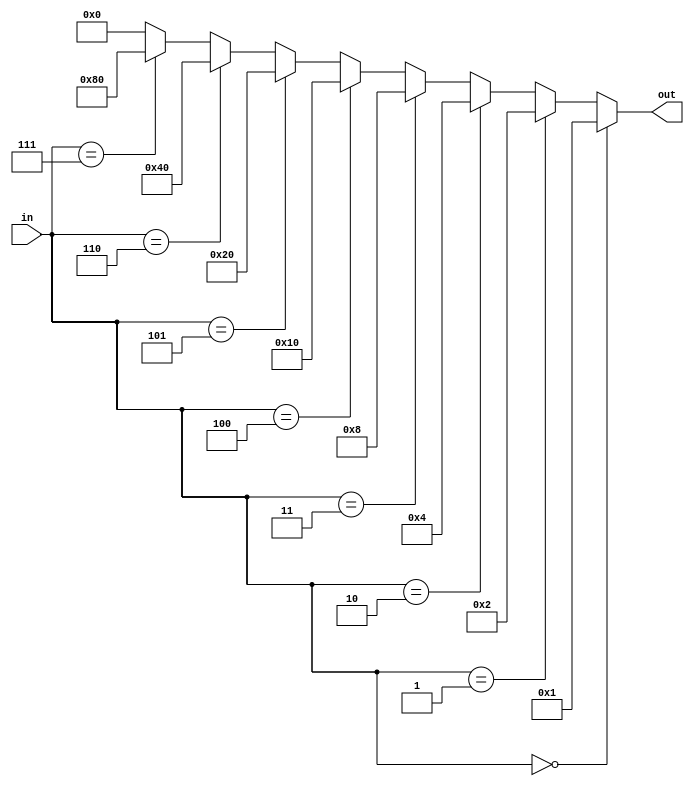
module Decoder (in, out);
input [2:0]in;
output [7:0] out;

wire [7:0] out;
assign out =
(in == 3'b000 ) ? 8'b0000_0001 :
(in == 3'b001 ) ? 8'b0000_0010 :
(in == 3'b010 ) ? 8'b0000_0100 :
(in == 3'b011 ) ? 8'b0000_1000 :
(in == 3'b100 ) ? 8'b0001_0000 :
(in == 3'b101 ) ? 8'b0010_0000 :
(in == 3'b110 ) ? 8'b0100_0000 :
(in == 3'b111 ) ? 8'b1000_0000 : 8'h00;



endmodule